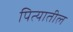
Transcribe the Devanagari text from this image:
पित्यातील